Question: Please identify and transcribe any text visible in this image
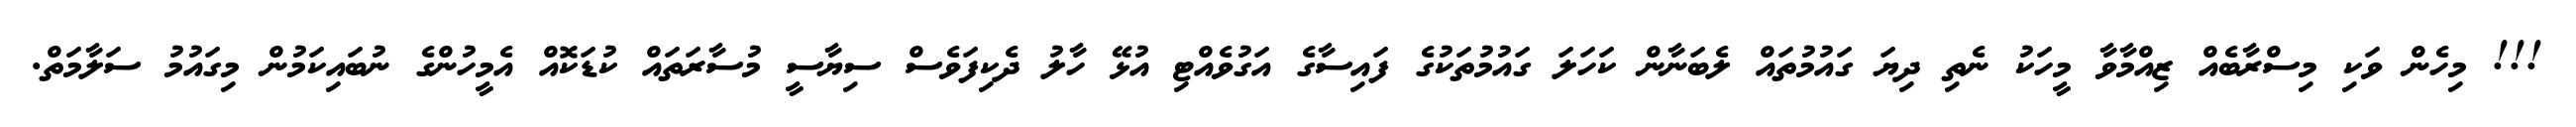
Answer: !!! މިހެން ވަކި މިސްރާބެއް ޒިއްމާވާ މީހަކު ނެތި ދިޔަ ގައުމުތައް ލެބަނާން ކަހަލަ ގައުމުތަކުގެ ފައިސާގެ އަގުވެއްޓި އުޅޭ ހާލު ދެކިފަވެސް ސިޔާސީ މުސާރަތައް ކުޑަކޮއް އެމީހުންގެ ނުބައިކަމުން މިގައުމު ސަލާމަތް.